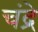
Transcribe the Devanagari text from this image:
चंद्रे